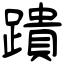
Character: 蹪